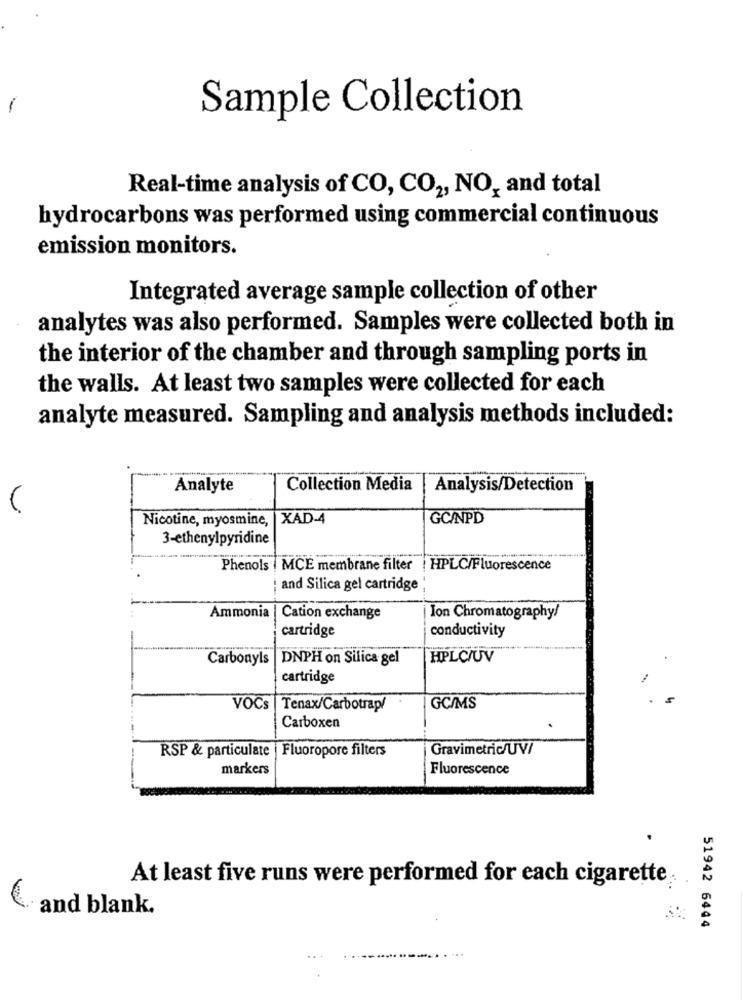
-
Sample Collection
Real-time analysis of CO, CO2, NO, and total
hydrocarbons was performed using commercial continuous
emission monitors.
Integrated average sample collection of other
analytes was also performed. Samples were collected both in
the interior of the chamber and through sampling ports in
the walls. At least two samples were collected for each
analyte measured. Sampling and analysis methods included:
Analyte
Collection Media
Analysis/Detection
(
Nicotine, myosmine,
XAD-4
GC/NPD
3-ethenylpyridine
Phenols | MCE membrane filter | HPLC/Fluorescence
and Silica gel cartridge
Ammonia | Cation exchange
Ion Chromatography/
cartridge
conductivity
Carbonyls |DNPH on Silica gel
HPLC/UV
cartridge
VOCs |Tenax/Carbotrap/
GC/MS
Carboxen
RSP & particulate | Fluoropore filters
Gravimetric/UV/
markers
Fluorescence
At least five runs were performed for each cigarette
and blank.
51942 6444